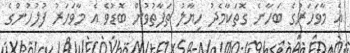
އެ މާވަހަރުގެ ބަހާނެ ގޮތަކާމެދު ހިޔާލު ތަފާތުވުން ބޮޑުވެ އެ މާވަހަރު ފުލުހުންގެ